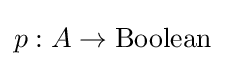
p:A\rightarrow {\text{Boolean}}